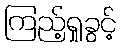
ကြည့်ရှုခွင့်